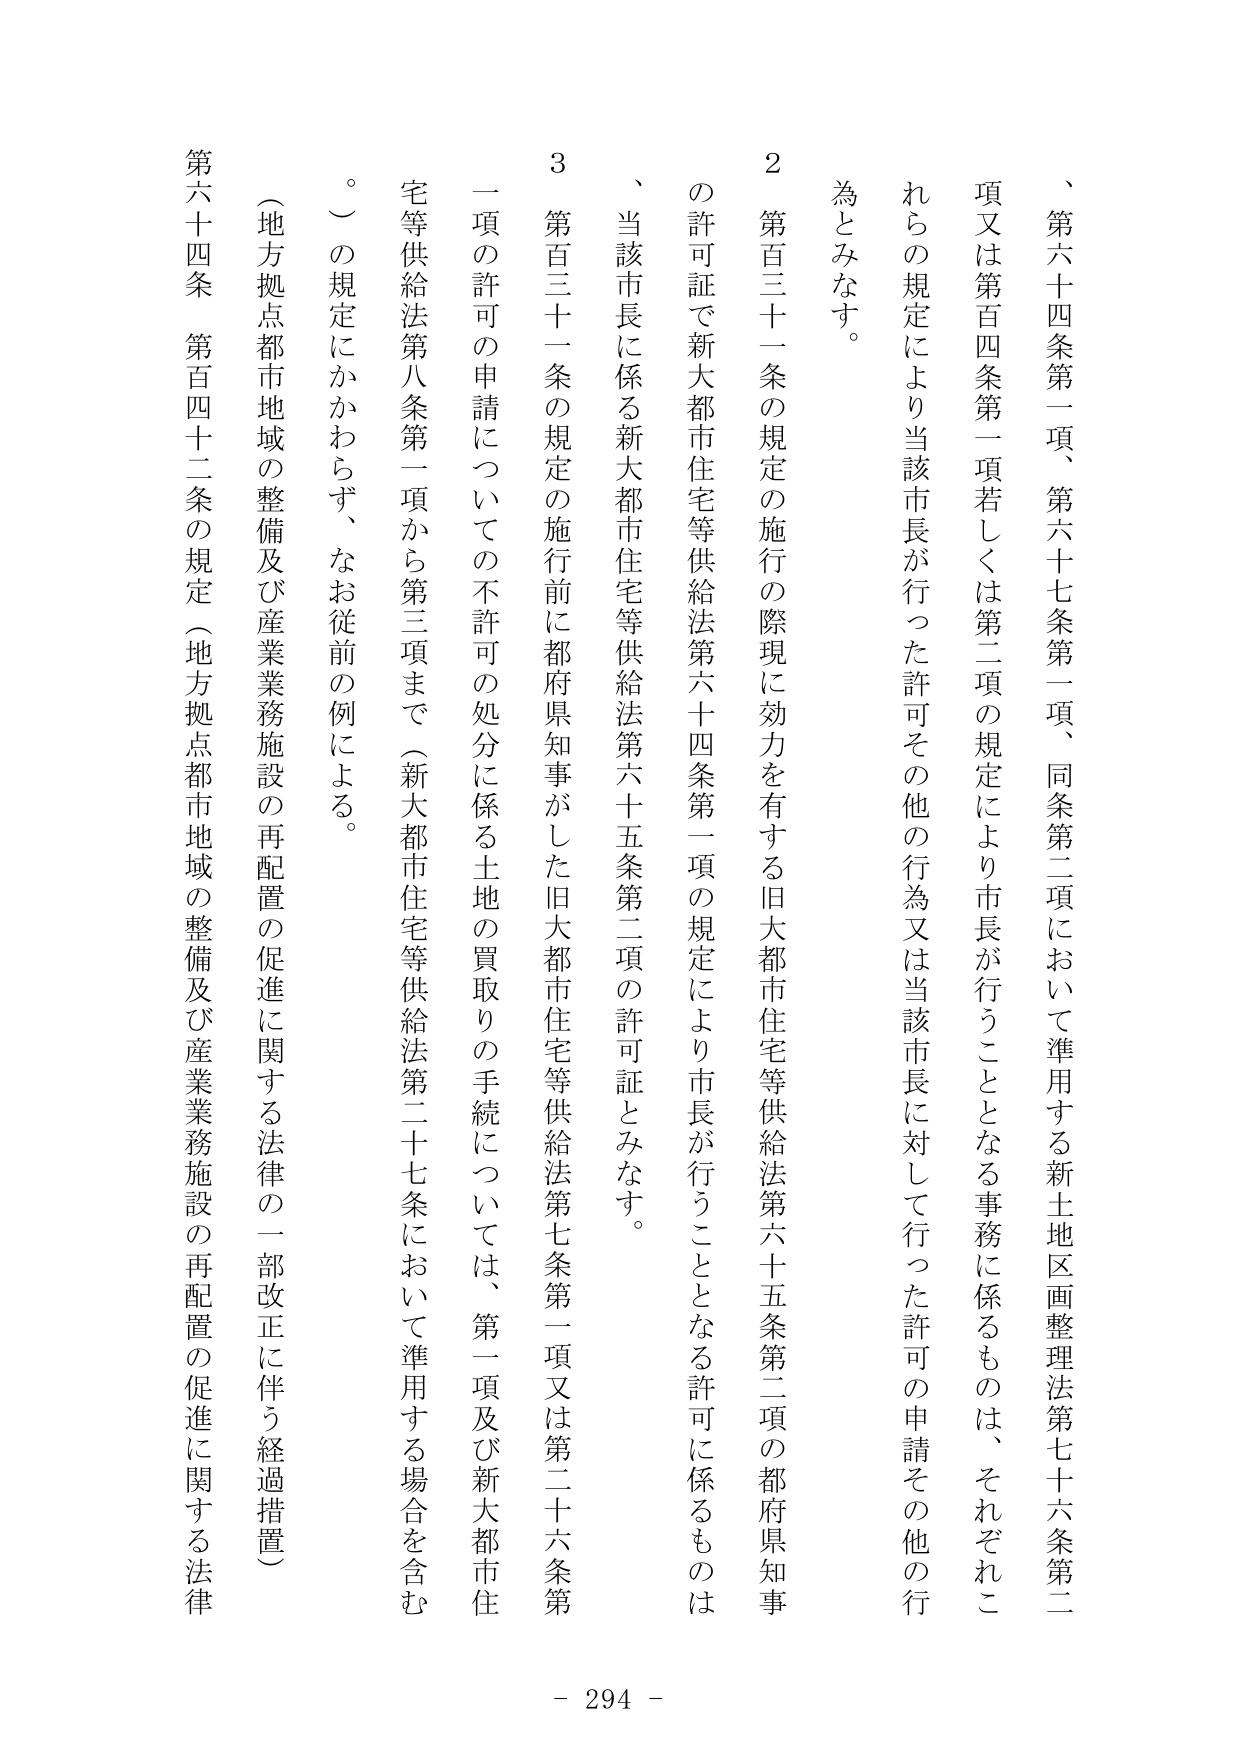
、第六十四条第一項、第六十七条第一項、同条第二項において準用する新土地区画整理法第七十六条第二項又は第百四条第一項若しくは第二項の規定により市長が行うこととなる事務に係るものは、それぞれこれらの規定により当該市長が行った許可その他の行為又は当該市長に対して行った許可の申請その他の行為とみなす。

２ 第百三十一条の規定の施行の際現に効力を有する旧大都市住宅等供給法第六十五条第二項の都府県知事の許可証で新大都市住宅等供給法第六十四条第一項の規定により市長が行うこととなる許可に係るものは、当該市長に係る新大都市住宅等供給法第六十五条第二項の許可証とみなす。

３ 第百三十一条の規定の施行前に都府県知事がした旧大都市住宅等供給法第七条第一項又は第二十六条第一項の許可の申請についての不許可の処分に係る土地の買取りの手続については、第一項及び新大都市住宅等供給法第八条第一項から第三項まで（新大都市住宅等供給法第二十七条において準用する場合を含む。）の規定にかかわらず、なお従前の例による。

第六十四条 第百四十二条の規定（地方拠点都市地域の整備及び産業業務施設の再配置の促進に関する法律の一部改正に伴う経過措置）